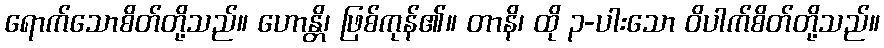
ရောက်သောစိတ်တို့သည်။ ဟောန္တိ၊ ဖြစ်ကုန်၏။ တာနိ၊ ထို ၃-ပါးသော ဝိပါက်စိတ်တို့သည်။